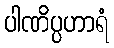
ပါဏိပ္ပဟာရံ